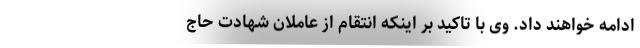
ادامه خواهند داد. وی با تاکید بر اینکه انتقام از عاملان شهادت حاج